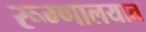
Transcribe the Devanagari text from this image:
रूग्‍णालयात